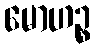
မောဟဉ္စ